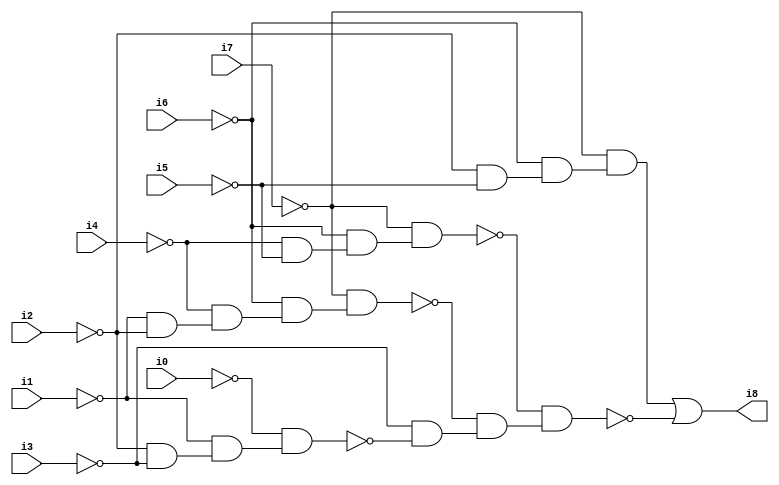
// Benchmark "SKOLEMFORMULA" written by ABC on Mon May  4 15:54:06 2020

module SKOLEMFORMULA ( 
    i0, i1, i2, i3, i4, i5, i6, i7,
    i8  );
  input  i0, i1, i2, i3, i4, i5, i6, i7;
  output i8;
  wire n10, n11, n12, n13, n14, n15, n16, n17, n18, n19, n20, n21, n22, n23,
    n24, n25;
  assign n10 = ~i1 & ~i2;
  assign n11 = ~i4 & n10;
  assign n12 = ~i6 & n11;
  assign n13 = ~i7 & n12;
  assign n14 = ~i4 & ~i5;
  assign n15 = ~i6 & n14;
  assign n16 = ~i7 & n15;
  assign n17 = ~i2 & ~i5;
  assign n18 = ~i6 & n17;
  assign n19 = ~i7 & n18;
  assign n20 = ~i2 & ~i3;
  assign n21 = ~i1 & n20;
  assign n22 = ~i0 & n21;
  assign n23 = ~i3 & ~n22;
  assign n24 = ~n13 & n23;
  assign n25 = ~n16 & n24;
  assign i8 = n19 | ~n25;
endmodule